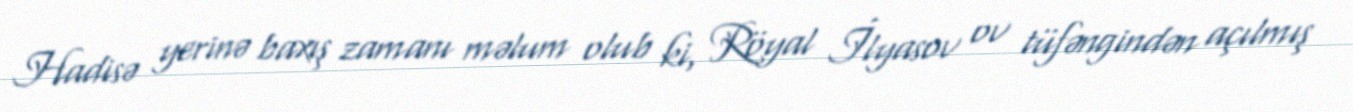
Hadisə yerinə baxış zamanı məlum olub ki, Röyal İlyasov ov tüfəngindən açılmış